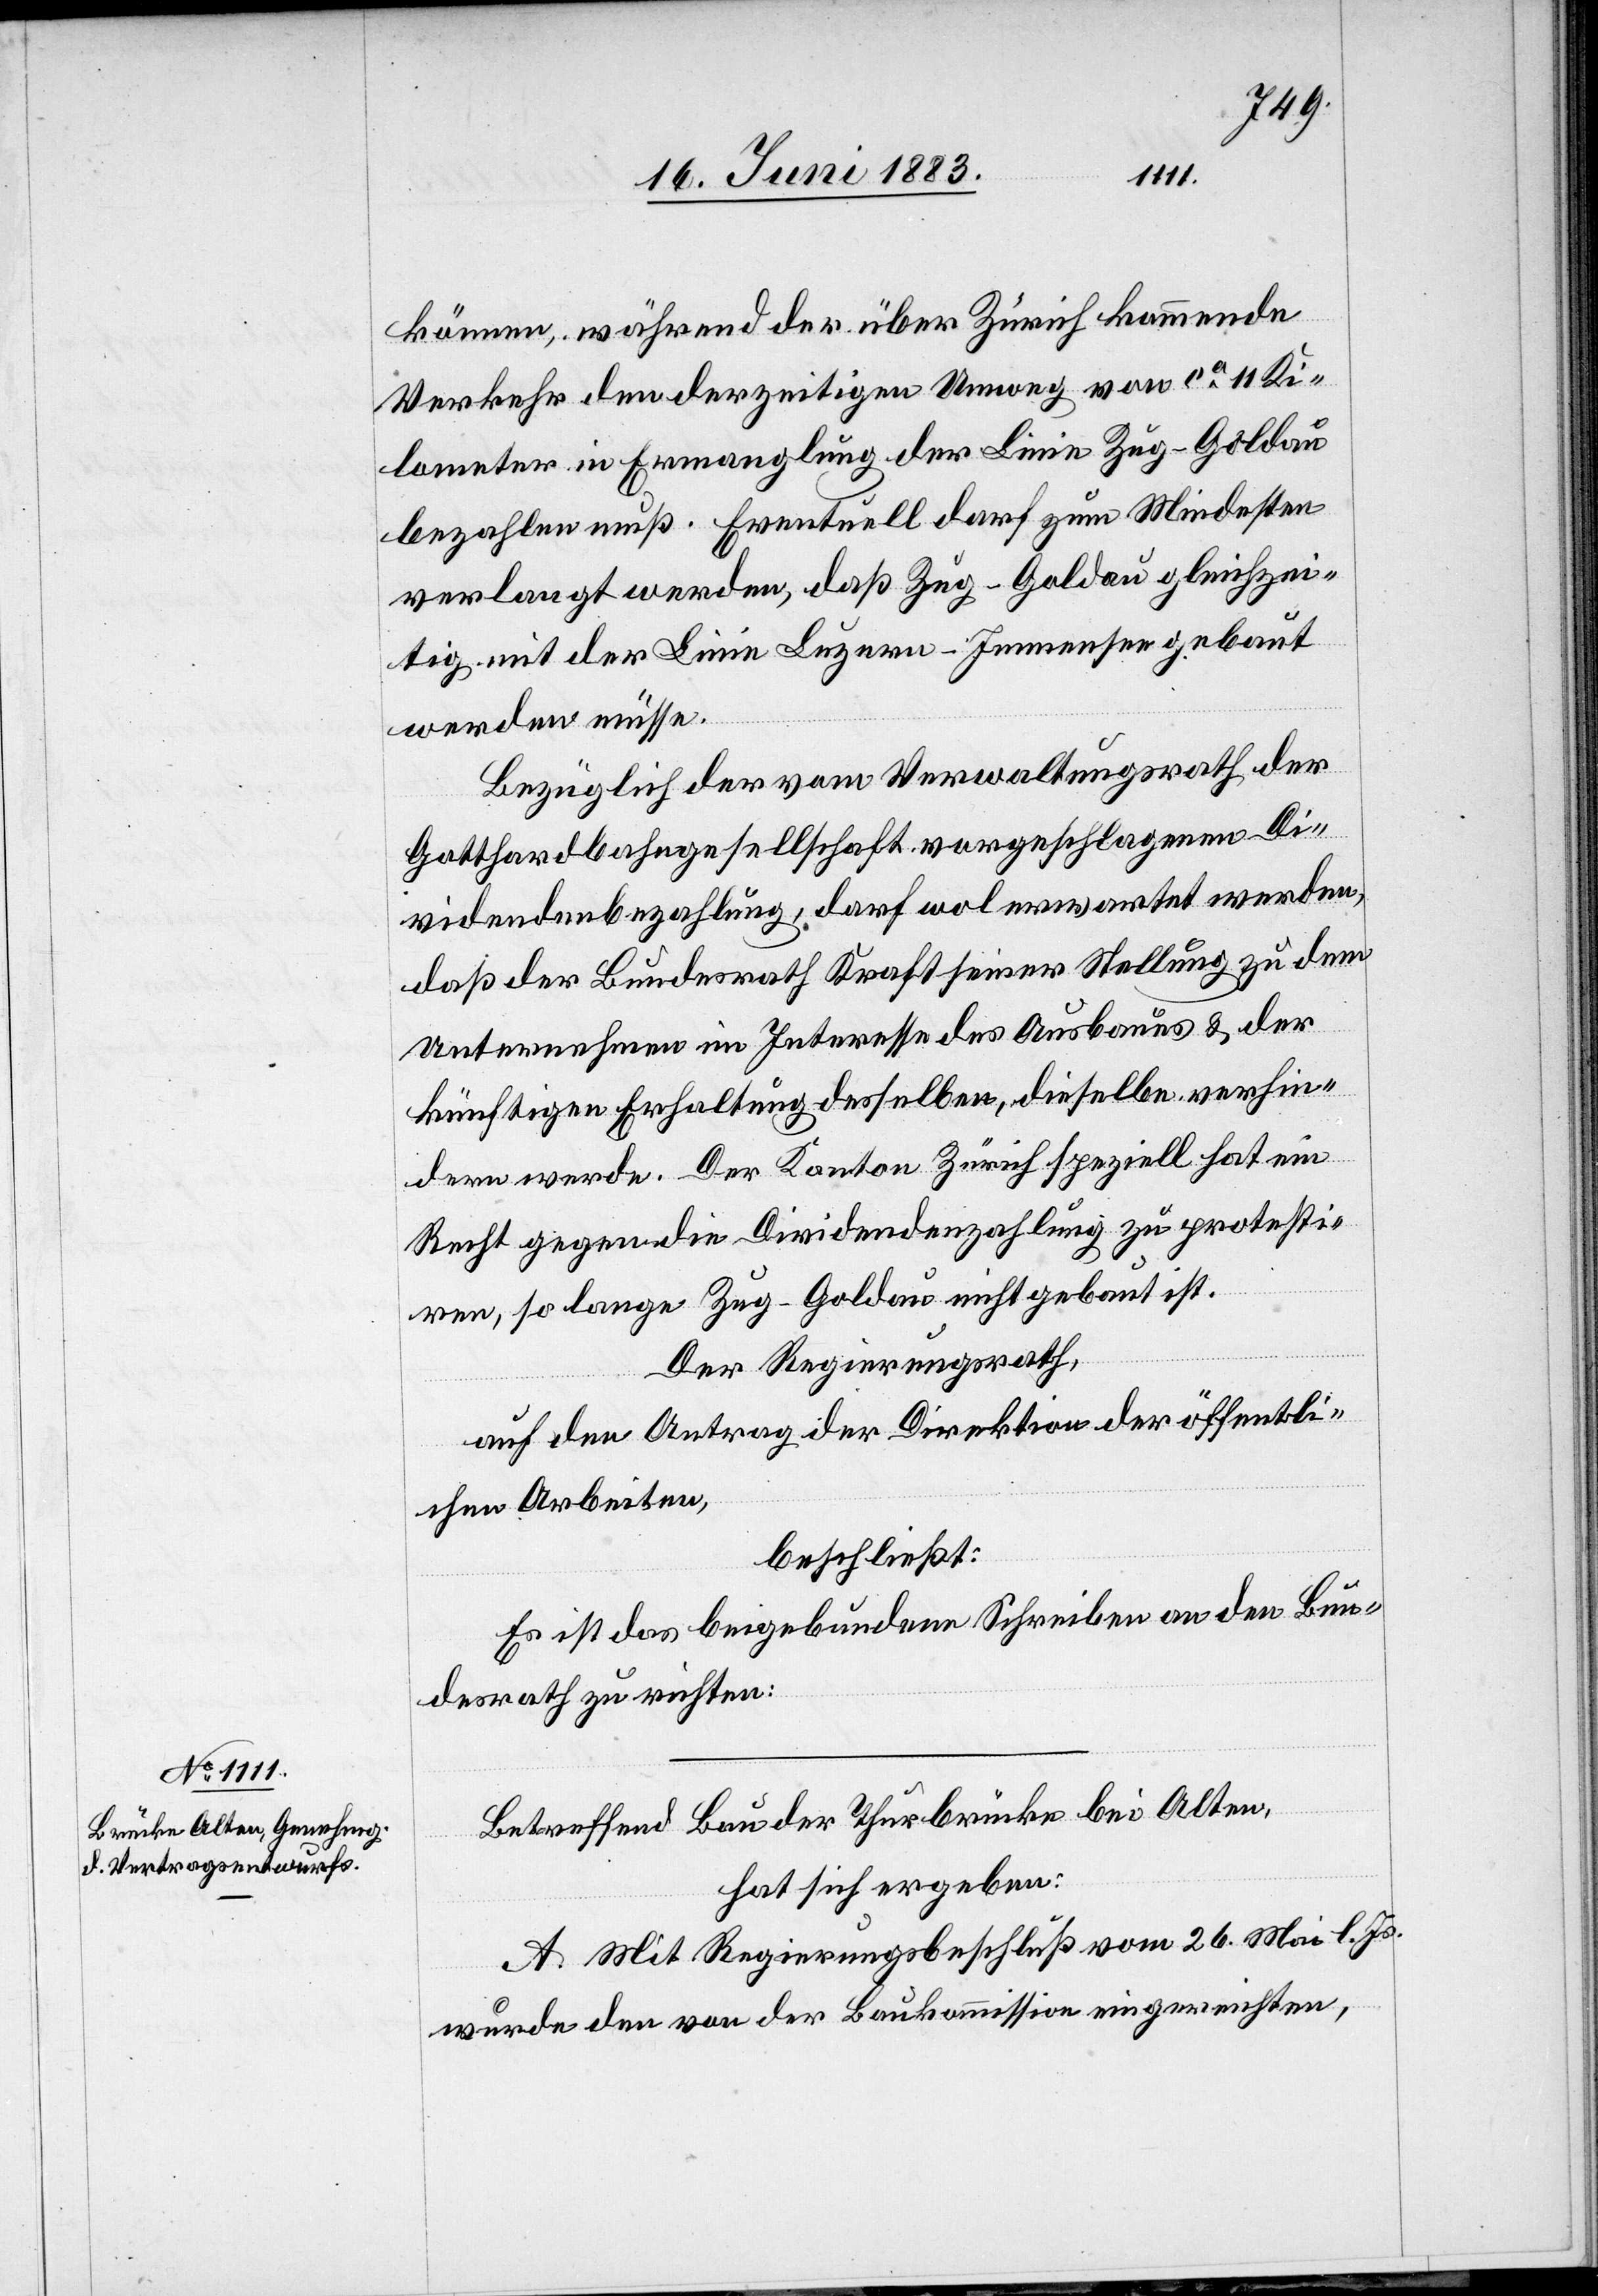
können, während der über Zürich kommende
Verkehr den derzeitigen Umweg von ca 11 Ki¬
lometer in Ermanglung der Linie Zug–Goldau
bezahlen muß. Eventuell darf zum Mindesten
verlangt werden, daß Zug–Goldau gleichzei¬
tig mit der Linie Luzern–Immensee gebaut
werden müsse.
Bezüglich der vom Verwaltungsrathe der
Gotthardbahngesellschaft vorgeschlagenen Di¬
videndenbezahlung, darf wol erwartet werden,
daß der Bundesrath Kraft seiner Stellung zu dem
Unternehmen im Interesse des Ausbaues & der
künftigen Erhaltung desselben, dieselben verhin¬
dern werde. Der Kanton Zürich speziell hat ein
Recht gegen die Dividendenzahlung zu protesti¬
ren, so lange Zug–Goldau nicht gebaut ist.
Der Regierungsrath,
auf den Antrag der Direktion der öffentli¬
chen Arbeiten,
beschließt:
Es ist das beigebundene Schreiben an den Bun¬
desrath zu richten:
Betreffend Bau der Thurbrücke bei Alten,
hat sich ergeben:
A. Mit Regierungsbeschluß vom 26. Mai l. Js.
wurde den von der Baukommission eingereichten,